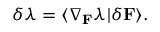
\delta \lambda = \langle \nabla _ { \mathbf { F } } \lambda | \delta \mathbf { F } \rangle .